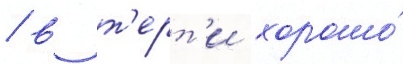
/ в т'ерт'и хорошо́